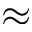
\approx